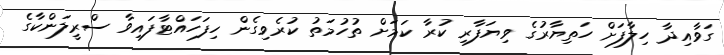
ގަވާއިދާ ހިލާފަށް ހަތިޔާރުގެ ވިޔަފާރި ކުރާ ކަމަށް ތުހުމަތު ކުރެވިގެން ހިފަހައްޓާފައިވާ ސްރީލަންކާގެ